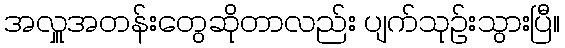
အလှူအတန်းတွေဆိုတာလည်း ပျက်သုဥ်းသွားပြီ။